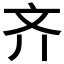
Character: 齐